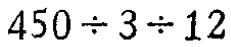
$450\div 3\div 12$